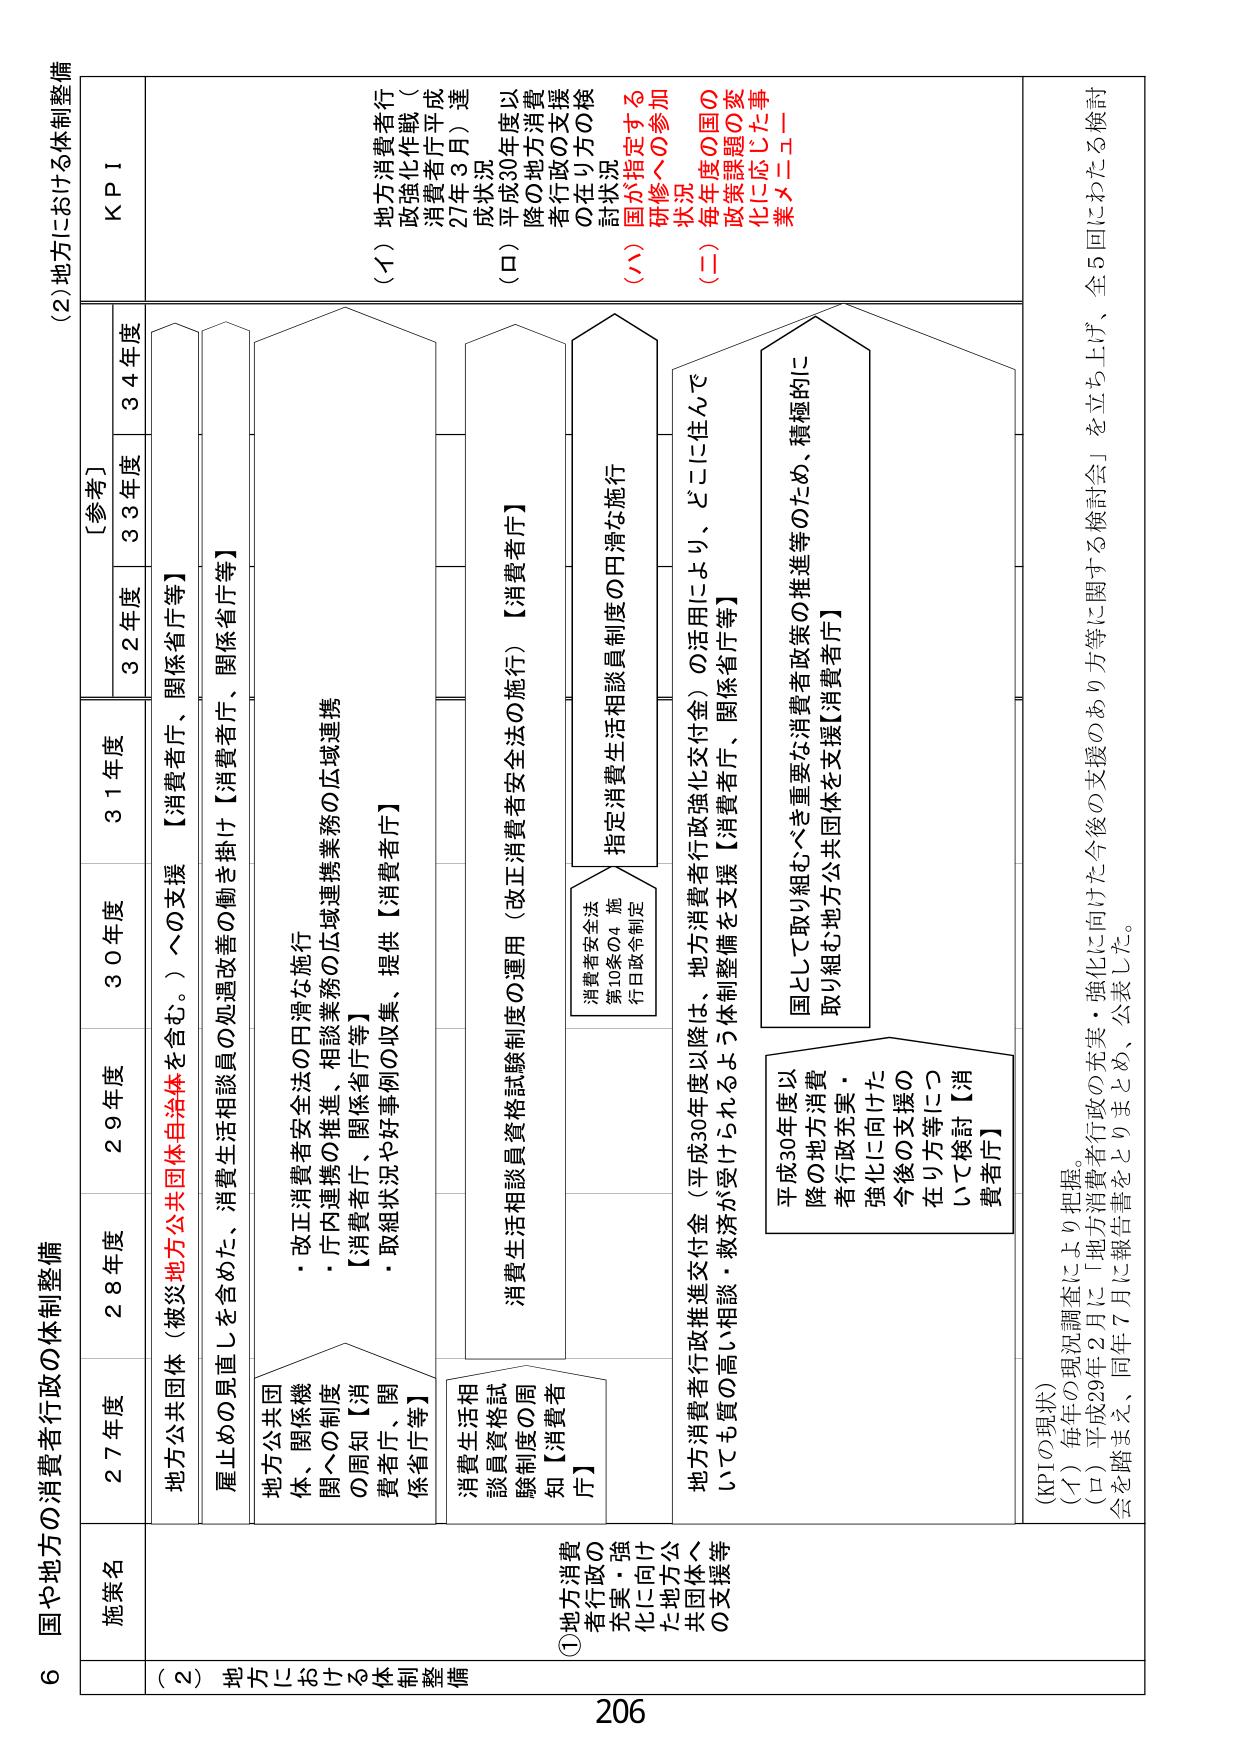
6 国や地方の消費者行政の体制整備

(2) 地方における体制整備

施策名
27年度
28年度
29年度
30年度
31年度
32年度
33年度
34年度
KPI
[参考]

(2) 地方における体制整備

地方公共団体（被災地方公共団体自治体を含む。）への支援
【消費者庁、関係省庁等】

雇止めの見直しを含めた、消費生活相談員の処遇改善の働き掛け【消費者庁、関係省庁等】

地方公共団体、関係機関への制度の周知【消費者庁、関係省庁等】
・改正消費者安全法の円滑な施行
・庁内連携の推進、相談業務の広域連携
【消費者庁、関係省庁等】
・取組状況や好事例の収集、提供【消費者庁】

消費生活相談員資格試験制度の周知【消費者庁】

消費生活相談員資格試験制度の運用（改正消費者安全法の施行）【消費者庁】

指定消費生活相談員制度の円滑な施行
消費者安全法
第10条の4 施行日政令制定

地方消費者行政推進交付金（平成30年度以降は、地方消費者行政強化交付金）の活用により、どこに住んでいても質の高い相談・救済が受けられるよう体制整備を支援【消費者庁、関係省庁等】

平成30年度以降の地方消費者行政充実・強化に向けた今後の支援の在り方等について検討【消費者庁】

国として取り組むべき重要な消費者政策の推進等のため、積極的に取り組む地方公共団体を支援【消費者庁】

(KPIの現状)
(イ) 毎年の現況調査により把握。
(ロ) 平成29年2月に「地方消費者行政の充実・強化に向けた今後の支援のあり方等に関する検討会」を立ち上げ、全5回にわたる検討会を踏まえ、同年7月に報告書をとりまとめ、公表した。

(イ) 地方消費者行政（強化化作戦（消費者庁平成27年3月）達成状況
(ロ) 平成30年度以降の地方消費者行政の支援の在り方の検討状況
(ハ) 国が指定する市町村への参加状況
(ニ) 毎年度の国の政策課題の変化に応じた事業メニュー

206